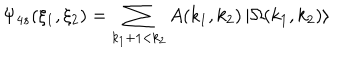
LaTeX: \Psi _ { 4 s } ( \xi _ { 1 } , \xi _ { 2 } ) = \sum _ { k _ { 1 } + 1 < k _ { 2 } } A ( k _ { 1 } , k _ { 2 } ) \left| \Omega ( k _ { 1 } , k _ { 2 } ) \right\rangle